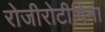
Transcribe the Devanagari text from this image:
रोजीरोटीविना